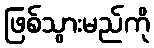
ဖြစ်သွားမည်ကို